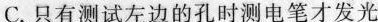
C.只有测试左边的孔时测电笔才发光